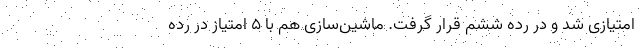
امتیازی شد و در رده ششم قرار گرفت. ماشین‌سازی هم با ۵ امتیاز در رده